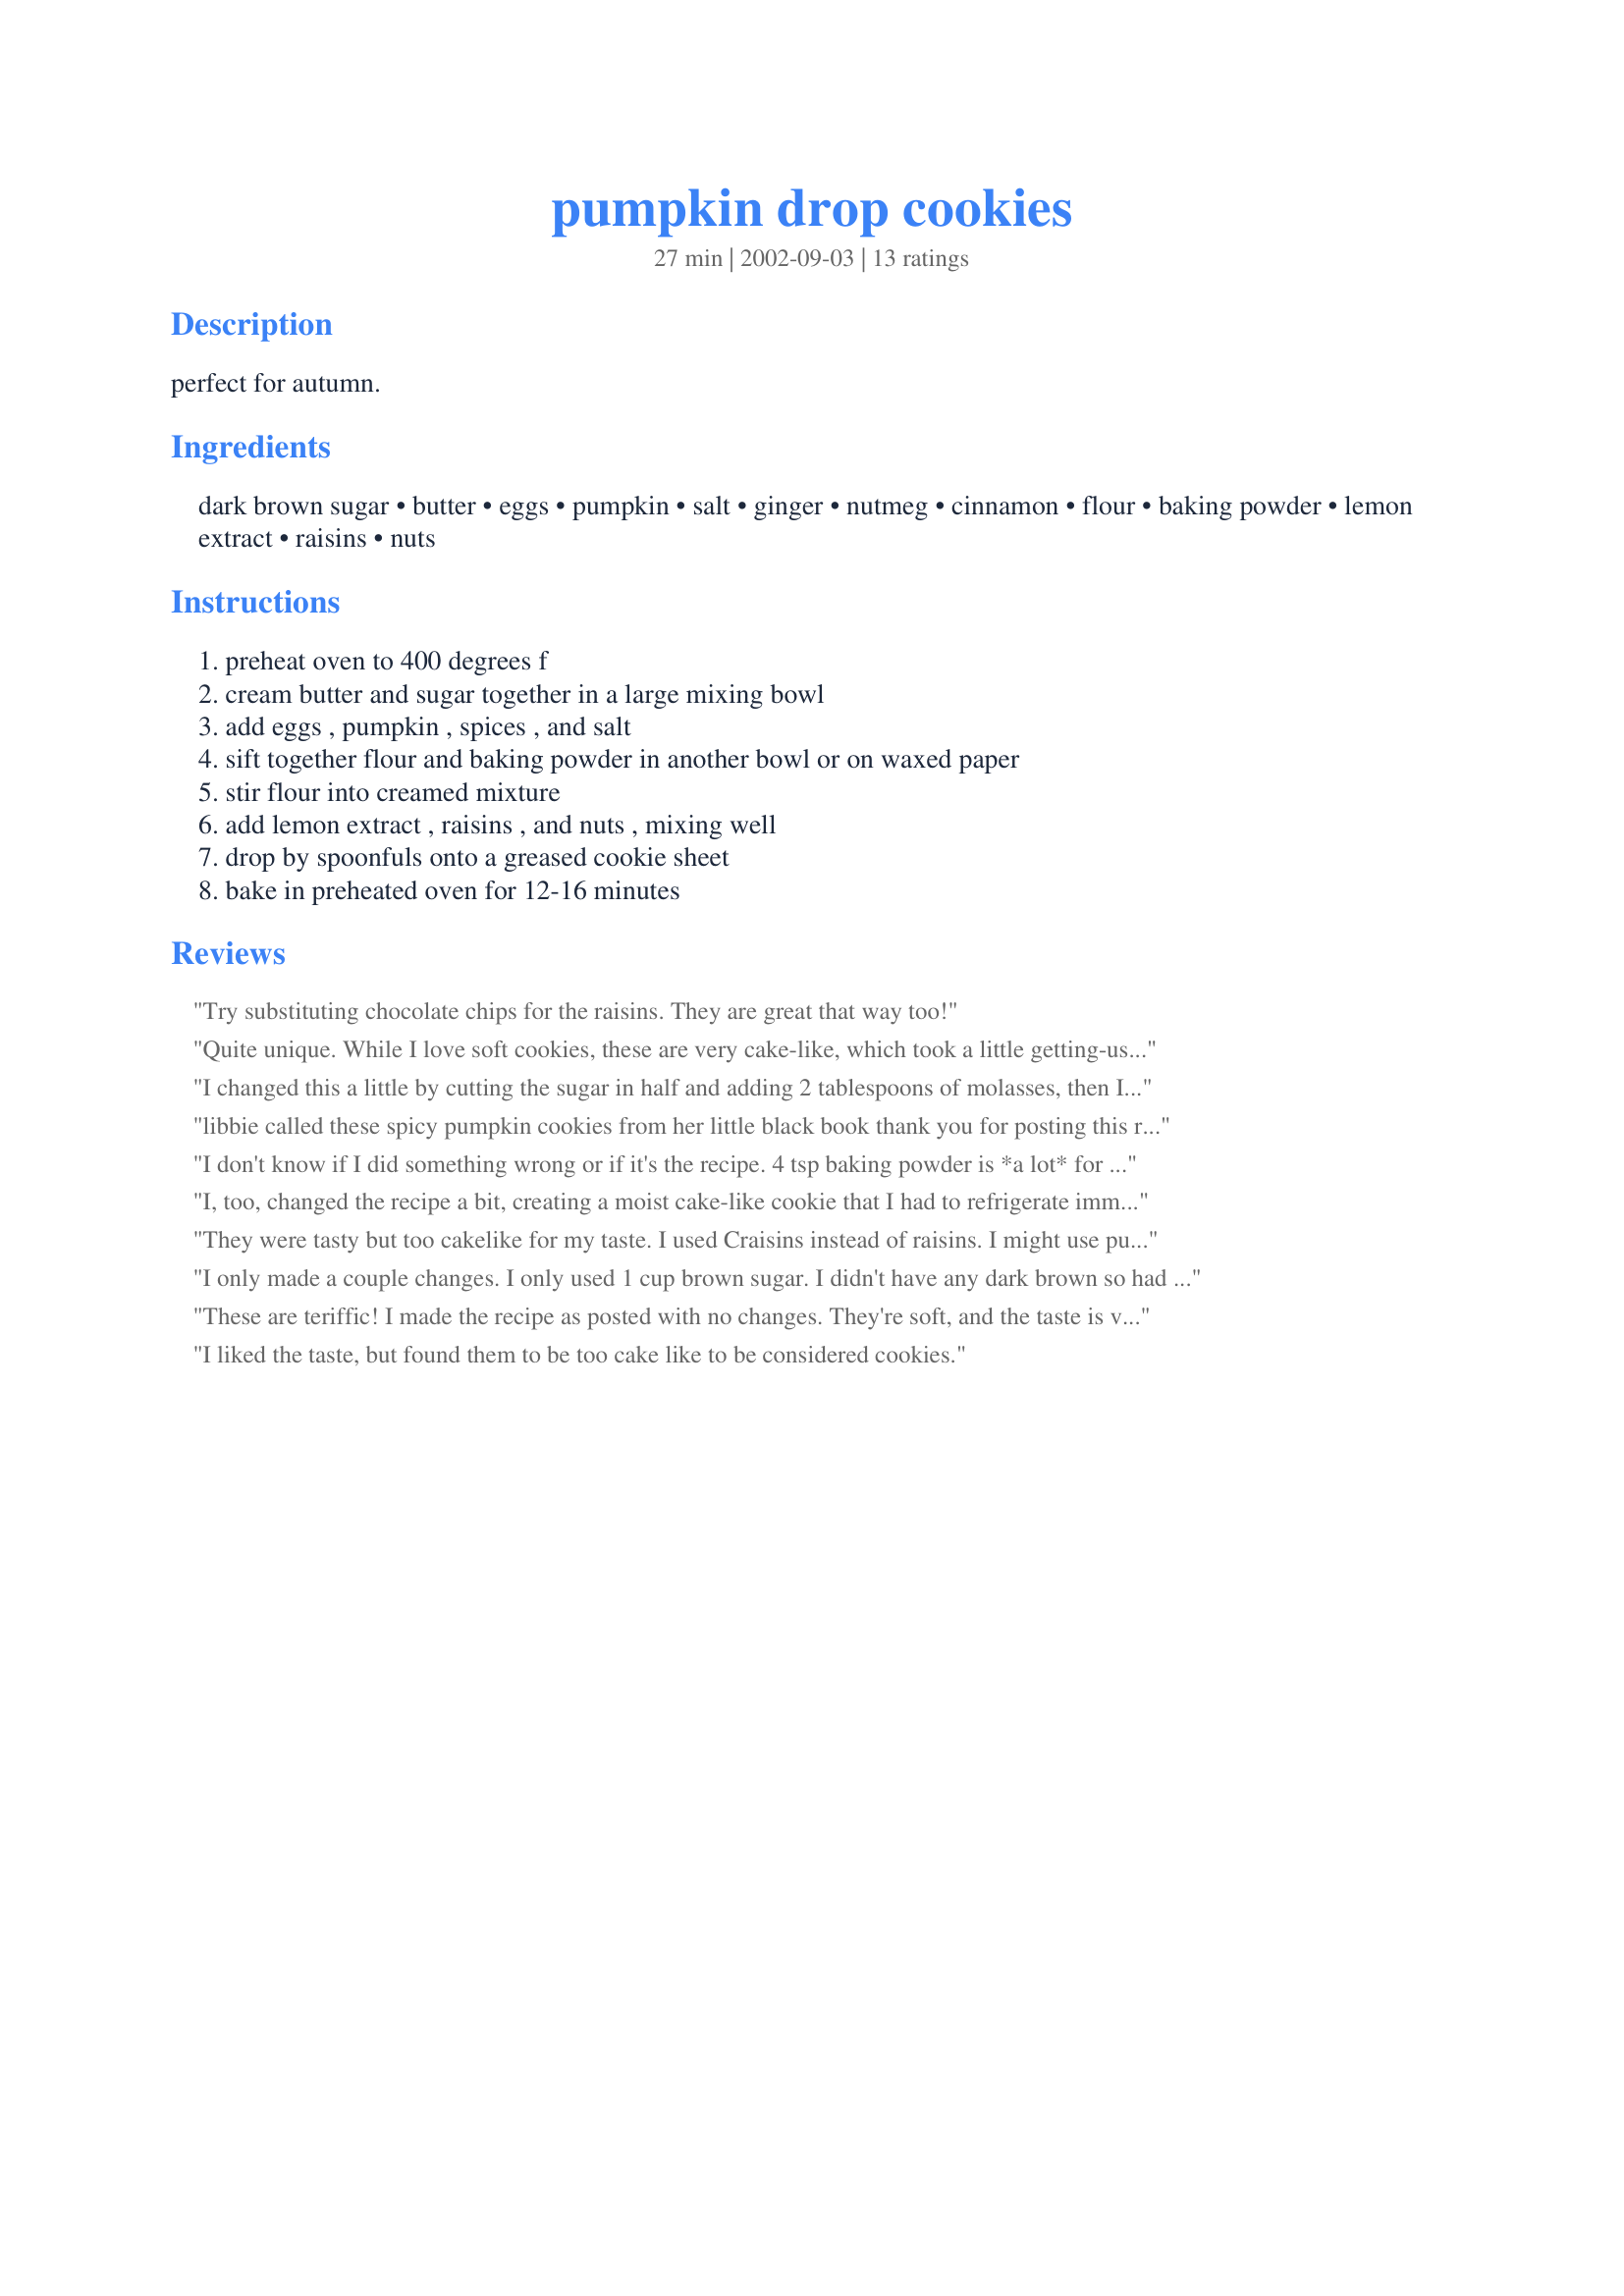
pumpkin drop cookies
Preparation time: 27 minutes

perfect for autumn.

Ingredients:
dark brown sugar, butter, eggs, pumpkin, salt, ginger, nutmeg, cinnamon, flour, baking powder, lemon extract, raisins, nuts

Steps:
preheat oven to 400 degrees f, cream butter and sugar together in a large mixing bowl, add eggs , pumpkin , spices , and salt, sift together flour and baking powder in another bowl or on waxed paper, stir flour into creamed mixture, add lemon extract , raisins , and nuts , mixing well, drop by spoonfuls onto a greased cookie sheet, bake in preheated oven for 12-16 minutes

Reviews:
Try substituting chocolate chips for the raisins. They are great that way too!
Quite unique. While I love soft cookies, these are very cake-like, which took a little getting-used-to. The flavour was wonderful, and they also smell great when baking. As an experiment, I divided the dough in half before adding the additions, and added butterscotch chips to one half, instead of nuts and raisins, and used vanilla instead of lemon extract. I thought they would be to-die-for but, um, they weren't; they were merely okay and I prefer the original nuts and raisins version. The only other change I made was to use pumpkin pie spice instead of the ginger/nutmeg/cinnamon, which meant that a little allspice and mace were added to the mix.
I changed this a little by cutting the sugar in half and adding 2 tablespoons of molasses, then I cut the baking powder to 3 teaspoons and added a little cloves. It is still a little cakey but it tastes great! I will make it again and try one less teaspoon of baking powder next time.
libbie called these spicy pumpkin cookies from her little black book thank you for posting this recipe. dog gone stars
I don't know if I did something wrong or if it's the recipe. 4 tsp baking powder is *a lot* for the amount of cookies this makes. Mine came out like little chunks of rubber after 12 minutes, with very little flavour. I added about a cup of oatmeal and another healthy dash of cinnamon, and they are passable, but still not very good. The texture is bizarre. I do really like the pumpkin-raisin flavour (used all raisins as I was out of nuts) but I think I'll have to look for another pumpkin cookie recipe, sorry.
I, too, changed the recipe a bit, creating a moist cake-like cookie that I had to refrigerate immediately (separating layers in a container using parchment paper). Instead of all the brown sugar, I used just 1 teaspoon, and added 1 cup applesauce. I used just 1 and 1/2 teaspoons baking powder. I grated the zest of two small lemons instead of the lemon extract. I used just one cup of flour, but added 1 and 1/2 cups of whole wheat bran flour. A very yummy treat!
They were tasty but too cakelike for my taste. I used Craisins instead of raisins. I might use pumpkin pie spice mix next time.
I only made a couple changes. I only used 1 cup brown sugar. I didn't have any dark brown so had to make do with the light. I used 3 egg whites instead of 2 whole eggs. Less cholesterol that way. I also used the whole 14oz. can of pumpkin. I used 1 cup whole wheat flour and the rest white. I got 36 cookies and baked for 13 min. The came out nice and soft and we enjoyed them.
These are teriffic! I made the recipe as posted with no changes. They're soft, and the taste is very nice, spicy, pumpkiny (is that a word?) Anyway the taste is very good! And we liked the raisins. I will definitely make these again. Thanks Sue L!!
I liked the taste, but found them to be too cake like to be considered cookies.
Thanks for this great recipe! I decreased the sugar by 1/4 c., substituted 1c. of the flour with whole wheat flour and omitted the raisins. I used 1,5c. chopped hazelnuts. my husband and my grandma really loved it! this one's a keeper!
We don't care for raisins in stuff, so we omitted them. Otherwise we followed the recipe to a tee and they turned out great. I had a 13 year old and a 23 year old (not overly experienced cook) making them and they had no trouble. They smell and taste like pumpkin pie. Everyone was fighting over them when they came out of the oven. Great snack to send to school with the kids!
We liked these cookies. A cakey cookie, nicely spiced with the pumpkin in the background. The only change I made was that I only have 14 oz tins of pumpkin and I'm too frugal (!) to waste 2 oz so I put in the whole can. Thanks Sue!
